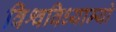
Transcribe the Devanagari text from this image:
विश्वविध्याम्यो